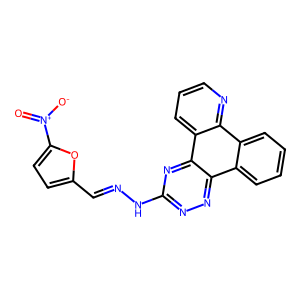
SMILES: O=[N+]([O-])c1ccc(C=NNc2nnc3c4ccccc4c4ncccc4c3n2)o1
Inhibits HIV replication: No